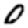
Digit: 0